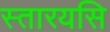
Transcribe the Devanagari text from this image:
स्तारयसि